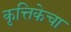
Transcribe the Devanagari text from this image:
कृत्तिकेचा